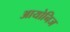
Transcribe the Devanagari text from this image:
आयोनिज